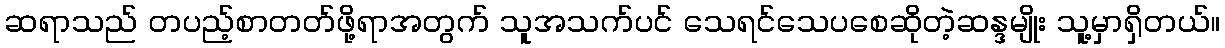
ဆရာသည် တပည့်စာတတ်ဖို့ရာအတွက် သူအသက်ပင် သေရင်သေပစေဆိုတဲ့ဆန္ဒမျိုး သူ့မှာရှိတယ်။